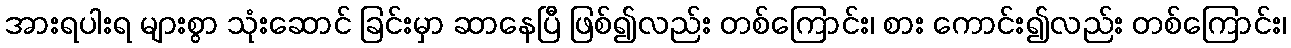
အားရပါးရ များစွာ သုံးဆောင် ခြင်းမှာ ဆာနေပြီ ဖြစ်၍လည်း တစ်ကြောင်း၊ စား ကောင်း၍လည်း တစ်ကြောင်း၊